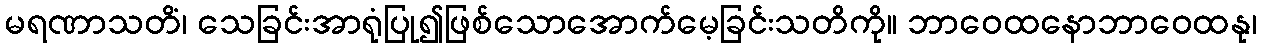
မရဏာသတိံ၊ သေခြင်းအာရုံပြု၍ဖြစ်သောအောက်မေ့ခြင်းသတိကို။ ဘာဝေထနောဘာဝေထနု၊